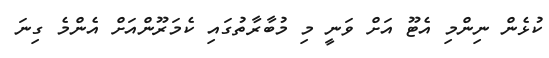
ކުޅެން ނިންމި އެޓޫ އަށް ވަނީ މި މުބާރާތުގައި ކެމަރޫންއަށް އެންމެ ގިނަ